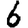
Digit: 6